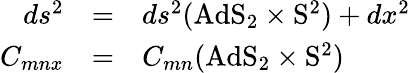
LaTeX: \begin{array}{rcl}{{ds^{2}}}&{{=}}&{{ds^{2}(\mathrm{AdS}_{2}\times\mathrm{S}^{2})+dx^{2}}}\\ {{C_{mnx}}}&{{=}}&{{C_{mn}(\mathrm{AdS}_{2}\times\mathrm{S}^{2})}}\end{array}